Indian journal of veterinary science and animal husbandry - Volume 3,
Year: 1933
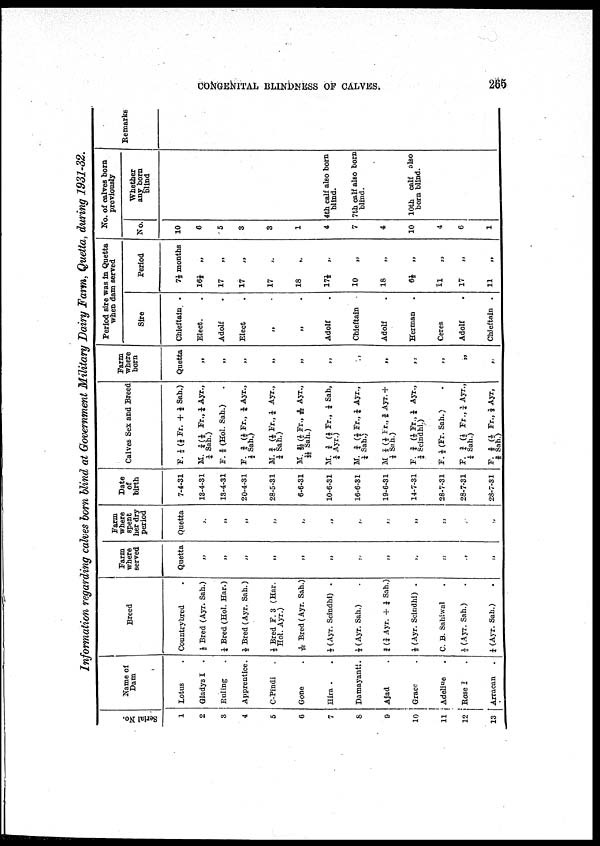
CONGENITAL BLINDNESS OF CALVES.
285
Information regarding calves born blind at Government Military Dairy Farm, Quetta, during 1931-32.
Serial No.
1
2
3
4
5
6
7
8
9
10
11
12
13
Name of
Dam
Lotus .
Gladys I .
Ruling .
Apprentice.
C-Pindi
.
Gone .
Hira . .
Damayanti.
Ajad .
Grace .
Adeline .
Rose I .
Arracan .
Breed
Countrybred .
½ Bred (Ayr. Sab.)
¼ Bred (Hol. Har.)
½ Bred (Ayr. Sah.)
½ Bred F. 3 (Har.
Hol. Ayr.)
5/16 Bred (Ayr. Sah.)
½ (Ayr. Scindhi) .
½ (Ayr. Sah.) .
¾ (¾ Ayr. + ¼ Sah.)
½ (Ayr. Scindhi) .
C. B. Sahiwal .
½ (Ayr. Sah.) .
¼ (Ayr. Sah.) .
Farm
where
served
Quetta
„
„
„
„
„
„
„
„
„
„
„
„
Farm
where
spent
her dry
period
Quetta
„
„
„
„
„
„
„
„
„
„
„
„
Date
of
birth
7-4-31
13-4-31
13-4-31
20-4-31
28-5-31
6-6-31
10-6-31
16-6-31
19-6-31
14-7-31
28-7-31
28-7-31
28-7-31
Calves Sex and Breed
F. ½ ( ½ Fr. + ½ Sah.)
M. ¾ ( ½ Fr., ¼ Ayr.,
¼ Sah.)
F. ⅝ (Hol. Sah.)
F. ¾ ( ½ Fr., ¼ Ayr.,
½ Sah.)
M. ¾ (½ Fr., ¼ Ayr.,
¼ Sah.)
M. 21/32 (½ Fr., 5/32 Ayr.,
11/32 Sah.)
M. ¾ (½ Fr., ¼ Sah,
¼ Ayr.)
M. ¾ (½ Fr., ¼ Ayr.,
¼ Sah.)
M 7/8 ( ½ fr., 3/5 Ayr.+
⅛ Sah.)
F. ¾ ( ½ Fr., ¼ Ayr.,
¼ Scindhi.)
F. ½ (Fr. Sah.) .
F. ¾ (½ Fr., ¾ Ayr.,
¼ Sah.)
F. ⅝ ( ½ Fr., ⅛ Ayr,
⅜
Sah.)
Farm
where
born
Quetta
„
„
„
„
„
„
„
„
„
„
„
„
Period sire was in Quetta
when dam served
Sire
Chieftain .
Elect. .
Adolf .
Elect .
„ .
„ .
Adolf .
Chieftain .
Adolf .
Herman .
Ceres .
Adolf .
Chieftain .
Period
7⅓ months
16½ „
17 „
17 „
17 „
18 „
17½ „
10
„
18 „
6½ „
11
„
17 „
11 „
No. of calves born
previously
No.
10
6
5
3
3
1
4
7
4
10
4
6
1
Whether
any born
blind
4th calf also born
blind.
7th calf also born
blind.
10th calf also
born blind.
Remarks